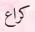
كراع